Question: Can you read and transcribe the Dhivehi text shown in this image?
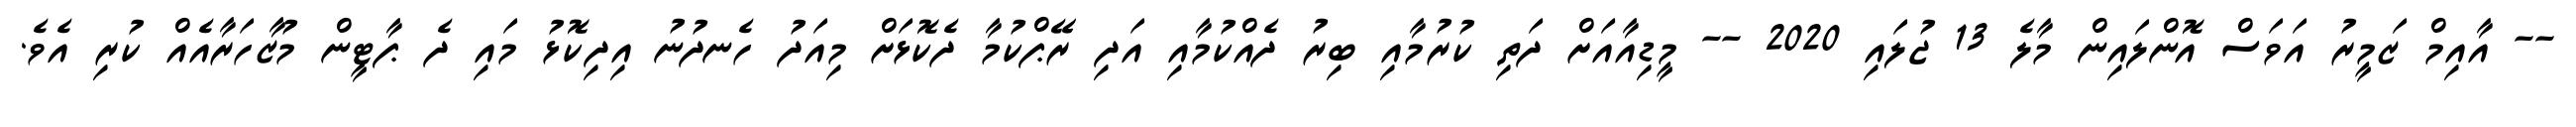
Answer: -- އާއިމް ޒަމީރު އަވަސް އޮންލައިން މާލެ 13 ޖުލައި 2020 -- މީޑިއާއަށް ދަތި ކުރުމާއި ބިރު ދެއްކުމާއި އަދި ރޭޕްކުމާ ދެކޮޅަށް މިއަދު ހެނދުނު އިދިކޮޅު މައި ދެ ޕާޓީން މުޒާހަރާއެއް ކުރި އެވެ.